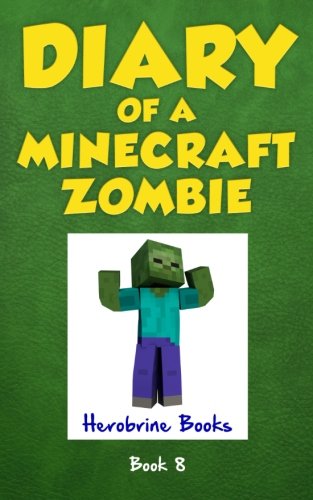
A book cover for Diary of a Minecraft Zombie Book 8: Back To Scare School (An Unofficial Minecraft Book); Herobrine Books; Children's Books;